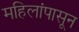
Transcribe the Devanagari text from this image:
महिलांपासून